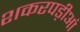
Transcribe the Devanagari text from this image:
शकरपड़ीआं